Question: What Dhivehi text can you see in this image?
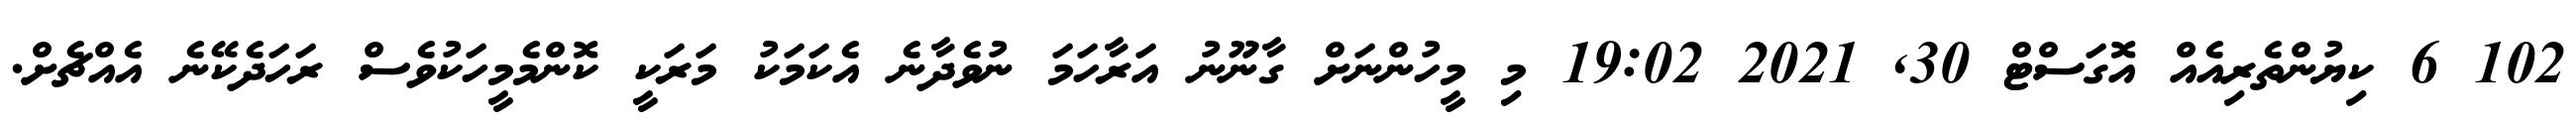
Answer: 102 6 ކިޔުންތެރިއެއް އޮގަސްޓް 30, 2021 19:02 މި މީހުންނަށް ގާނޫނު އަރާހަމަ ނުވެދާނެ އެކަމަކު މަރަކީ ކޮންމެމީހަކުވެސް ރަހަދެކޭނެ އެއްޗެށް.